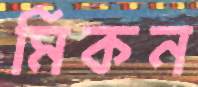
মিকন